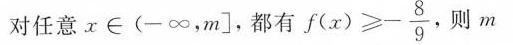
对任意∈(-∞，m]，都有 f(x)\geq - \frac{8}{9} ，则m